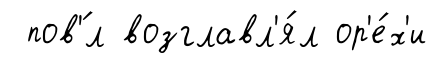
пов'́л возглавл'я́л ор'е́х'и